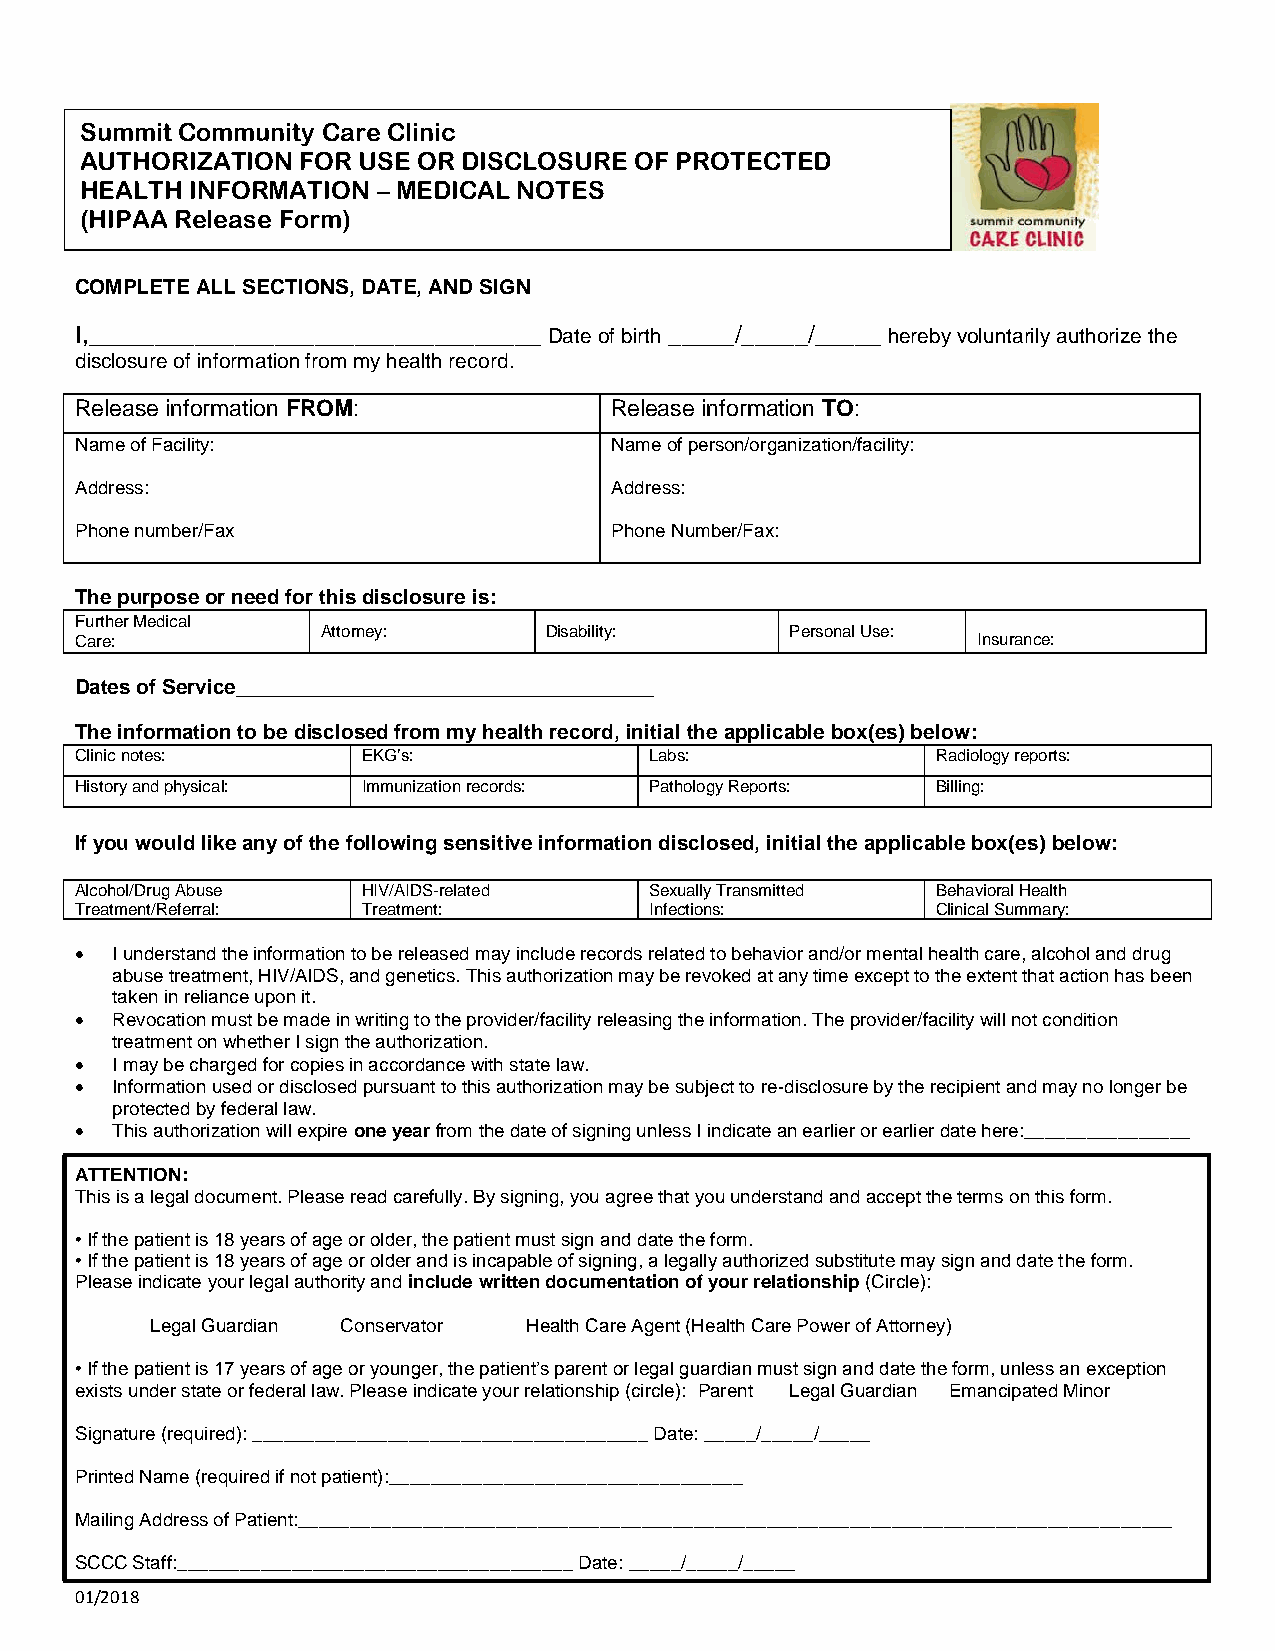
Summit Community Care Clinic
 AUTHORIZATION  FOR USE OR DISCLOSURE OF PROTECTED
 HEALTH  INFORMATION – MEDICAL NOTES
 (HIPAA Release Form)
 COMPLETE ALL SECTIONS, DATE, AND SIGN
 I,__________________________________ Date of birth _____/_____/_____ hereby voluntarily authorize the
 disclosure of information from my health record.
 Release information FROM:          Release information TO:
 Name of Facility:                  Name of person/organization/facility:
 Address:                           Address:
 Phone number/Fax                   Phone Number/Fax:
 The purpose or need for this disclosure is:
 Further Medical
 Attorney:      Disability:     Personal Use:
 Care:                                                       Insurance:
 Dates of Service____________________________________
 The information to be disclosed from my health record, initial the applicable box(es) below:
 Clinic notes:      EKG’s:             Labs:              Radiology reports:
 History and physical: Immunization records: Pathology Reports: Billing:
 If you would like any of the following sensitive information disclosed, initial the applicable box(es) below:
 Alcohol/Drug Abuse HIV/AIDS-related   Sexually Transmitted Behavioral Health
 Treatment/Referral: Treatment:        Infections:        Clinical Summary:
  I understand the information to be released may include records related to behavior and/or mental health care, alcohol and drug
 abuse treatment, HIV/AIDS, and genetics. This authorization may be revoked at any time except to the extent that action has been
 taken in reliance upon it.
  Revocation must be made in writing to the provider/facility releasing the information. The provider/facility will not condition
 treatment on whether I sign the authorization.
  I may be charged for copies in accordance with state law.
  Information used or disclosed pursuant to this authorization may be subject to re-disclosure by the recipient and may no longer be
 protected by federal law.
  This authorization will expire one year from the date of signing unless I indicate an earlier or earlier date here:________________
 ATTENTION:
 This is a legal document. Please read carefully. By signing, you agree that you understand and accept the terms on this form.
 • If the patient is 18 years of age or older, the patient must sign and date the form.
 • If the patient is 18 years of age or older and is incapable of signing, a legally authorized substitute may sign and date the form.
 Please indicate your legal authority and include written documentation of your relationship (Circle):
 Legal Guardian Conservator Health Care Agent (Health Care Power of Attorney)
 • If the patient is 17 years of age or younger, the patient’s parent or legal guardian must sign and date the form, unless an exception
 exists under state or federal law. Please indicate your relationship (circle): Parent Legal Guardian Emancipated Minor
 Signature (required): ______________________________________ Date: _____/_____/_____
 Printed Name (required if not patient):__________________________________
 Mailing Address of Patient:____________________________________________________________________________________
 SCCC Staff:______________________________________ Date: _____/_____/_____
 01/2018